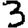
Digit: 3